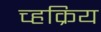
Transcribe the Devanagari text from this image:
च्हक्रिय